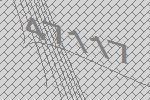
47117